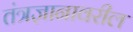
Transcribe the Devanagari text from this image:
तंत्रज्ञानावरील